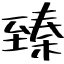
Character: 臻